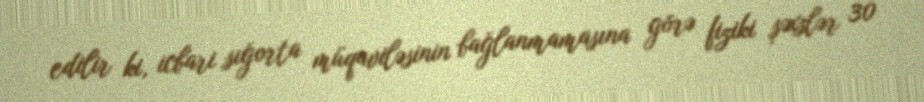
edilir ki, icbari sığorta müqaviləsinin bağlanmamasına görə fiziki şəxslər 30